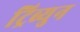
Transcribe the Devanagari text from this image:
ट्रिब्युन